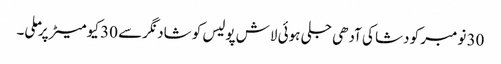
30 نومبر کو دشا کی آدھی جلی ہوئی لاش پولیس کو شاد نگر سے 30 کیو میٹر پر ملی۔